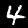
Label: 4